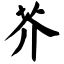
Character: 芥